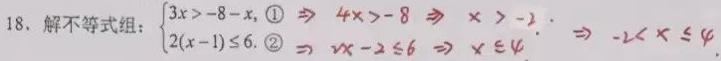
18. 解不等式组：
\(\begin{cases}
3x > -8 - x, &\textcircled{1} \\
2(x - 1) \leq 6. &\textcircled{2}
\end{cases}\)
\(\textcircled{1}\Rightarrow 4x > -8\Rightarrow x > -2\).
\(\textcircled{2}\Rightarrow 2x - 2 \leq 6\Rightarrow x \leq 4\).
\(\Rightarrow -2 < x \leq 4\)